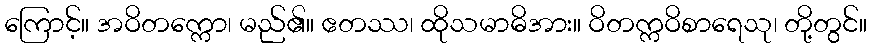
ကြောင့်။ အဝိတက္ကော၊ မည်၏။ ဧတဿ၊ ထိုသမာဓိအား။ ဝိတက္ကဝိစာရေသု၊ တို့တွင်။